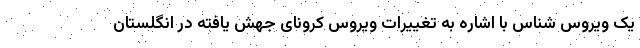
یک ویروس شناس با اشاره به تغییرات ویروس کرونای جهش یافته در انگلستان